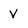
Character: V